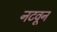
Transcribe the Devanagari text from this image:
नटवून